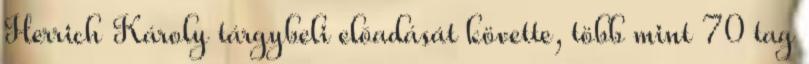
Herrich Károly tárgybeli elõadását követte, több mint 70 tag